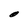
Character: O